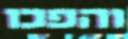
והפכו